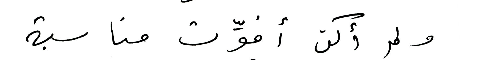
ولم أكن أفوٍٍٍِِّت مناسبة